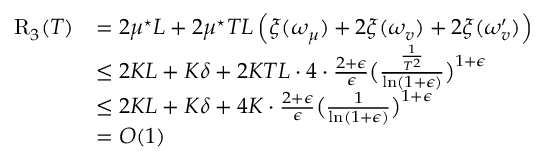
\begin{array} { r l } { \mathrm { R } _ { 3 } ( T ) } & { = 2 \mu ^ { \star } L + 2 \mu ^ { \star } T L \left( \xi ( \omega _ { \mu } ) + 2 \xi ( \omega _ { v } ) + 2 \xi ( \omega _ { v } ^ { \prime } ) \right) } \\ & { \leq 2 K L + K \delta + 2 K T L \cdot 4 \cdot \frac { 2 + \epsilon } { \epsilon } \big ( \frac { \frac { 1 } { T ^ { 2 } } } { \ln ( 1 + \epsilon ) } \big ) ^ { 1 + \epsilon } } \\ & { \leq 2 K L + K \delta + 4 K \cdot \frac { 2 + \epsilon } { \epsilon } \big ( \frac { 1 } { \ln ( 1 + \epsilon ) } \big ) ^ { 1 + \epsilon } } \\ & { = O ( 1 ) } \end{array}